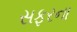
સફરના